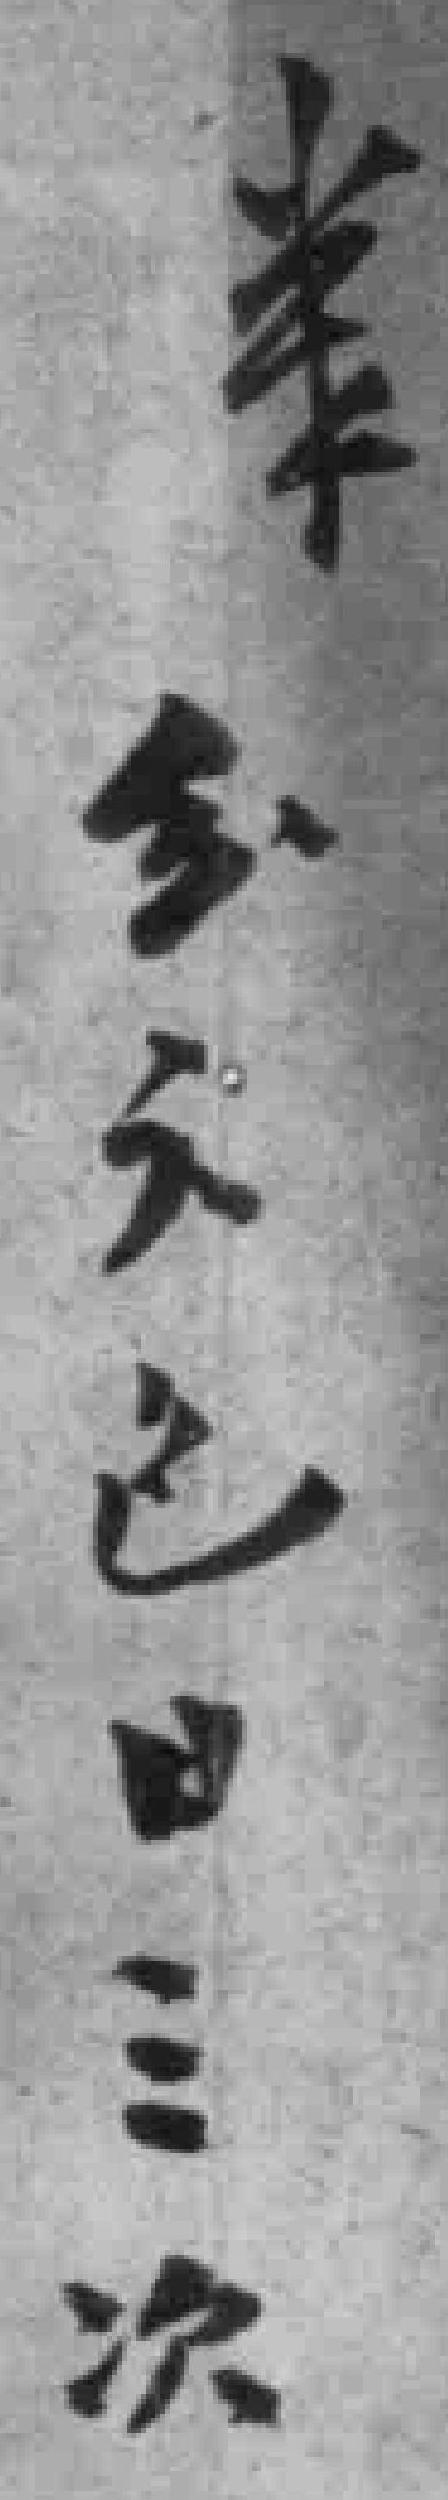
*日三次